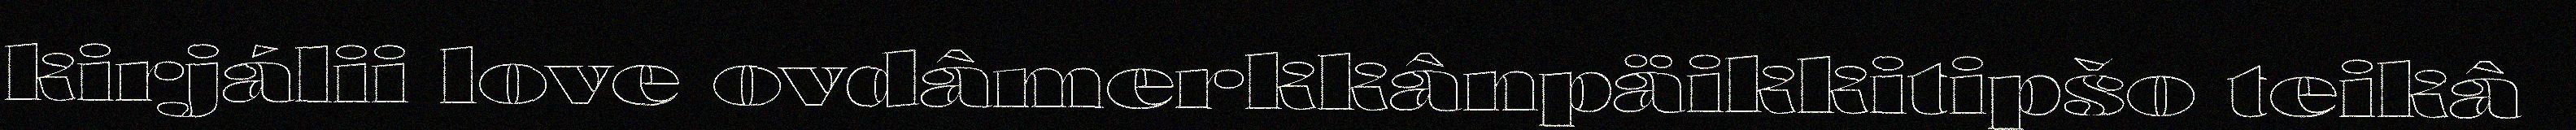
kirjálii love ovdâmerkkânpäikkitipšo teikâ